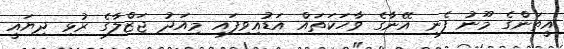
އީތަންގެ މޫނު ފެނި އޭނާގެ ވާހަކަތައް އަޑުއިވިފައި މިއަދު ޖަޒްލާގެ ރުޅި ދިޔައީ